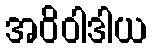
အဝိဝါဒါယ